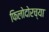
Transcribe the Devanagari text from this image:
फिलोदोरच्या